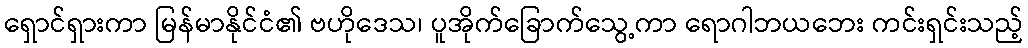
ရှောင်ရှားကာ မြန်မာနိုင်ငံ၏ ဗဟိုဒေသ၊ ပူအိုက်ခြောက်သွေ့ကာ ရောဂါဘယဘေး ကင်းရှင်းသည့်